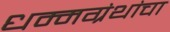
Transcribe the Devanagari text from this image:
धम्मग्रंथांचा